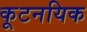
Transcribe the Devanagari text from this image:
कूटनयिक